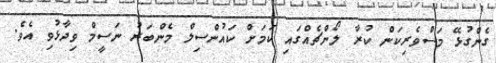
ގެންގުޅޭ މަސްވެރިކަން ކުރާ ލޯންޗެއްގައި ކަމަށް ކައުންސިލް މެންބަރު ނަސީމް ވިދާޅުވި އެވެ.